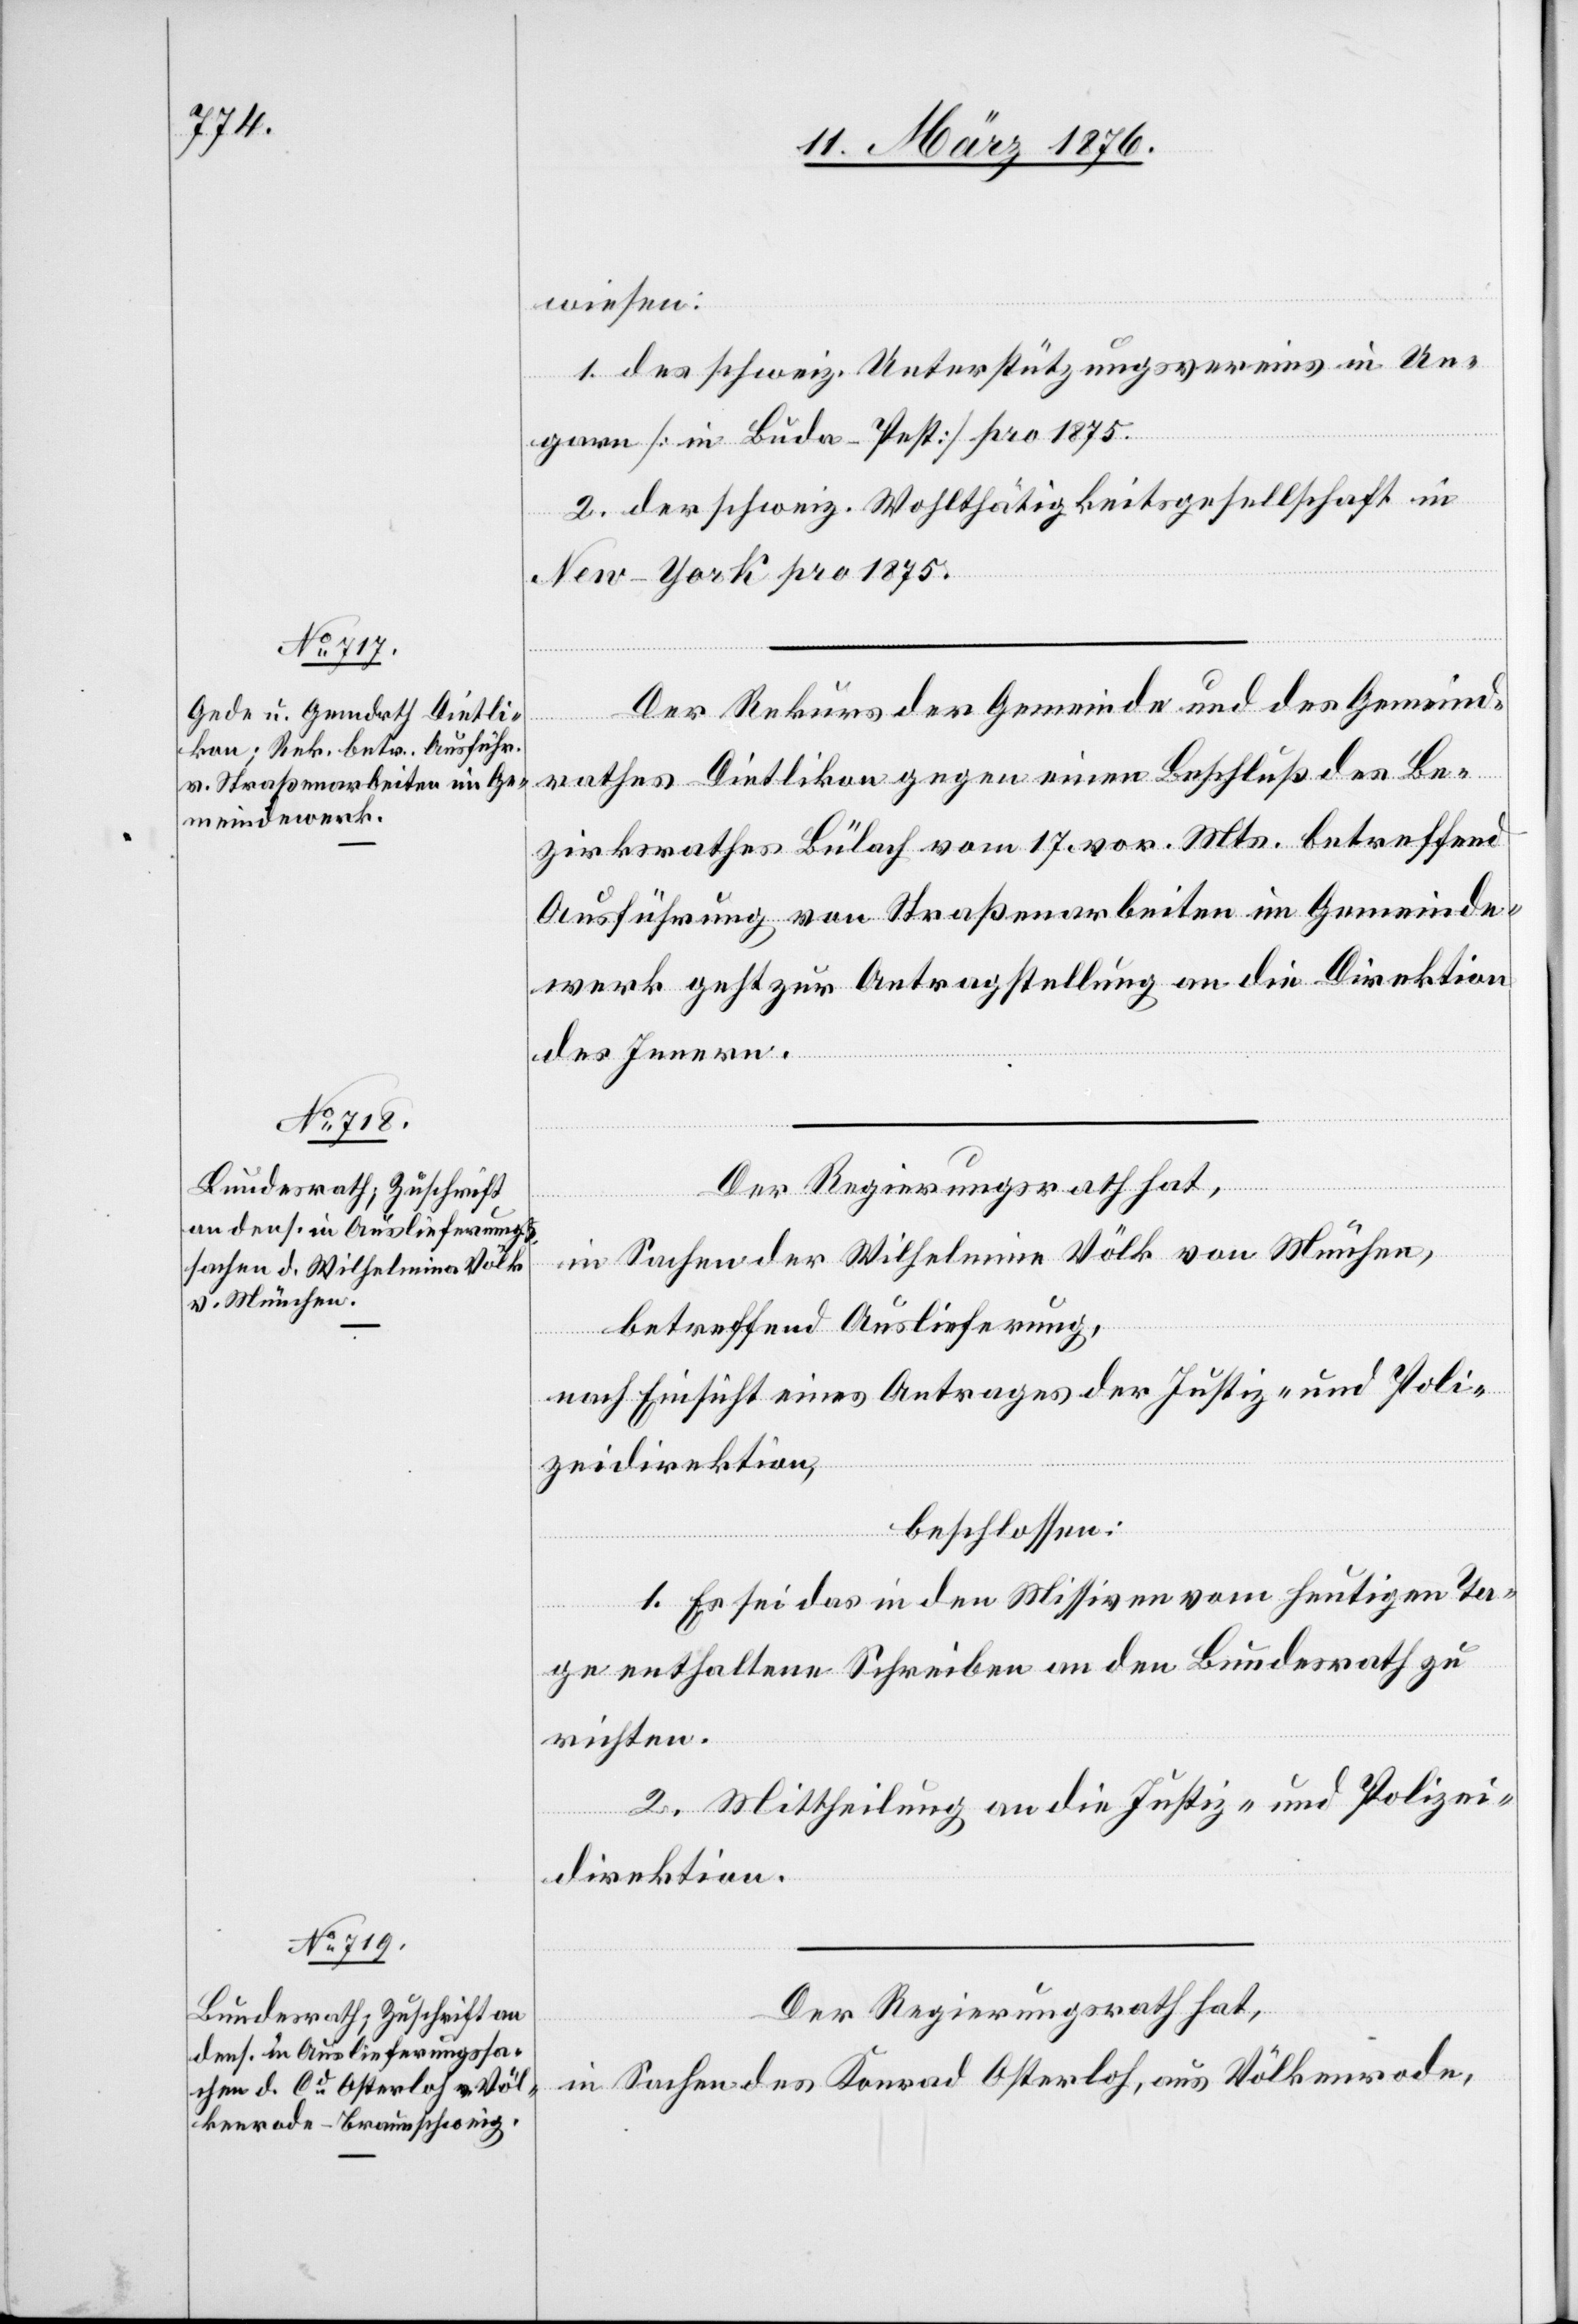
14. März 1876.]
wiesen:
1. des schweiz. Unterstützungsvereins in Un¬
garn [in Buda-Pest] pro 1875.
2. der schweiz. Wohltätigkeitsgesellschaft in
New-York pro 1875.
Der Rekurs der Gemeinde und des Gemeind¬
rathes Dietlikon gegen einen Beschluß des Be¬
zirksrathes Bülach vom 17. vor. Mts. betreffend
Ausführung von Straßenarbeiten im Gemeinde¬
werk geht zur Antragstellung an die Direktion
des Innern.
Der Regierungsrath hat,
in Sachen der Wilhelmine [sic!] Völk von München,
betreffend Auslieferung,
nach Einsicht eines Antrages der Justiz- und Poli¬
zeidirektion,
beschlossen:
1. Es sei das in den Missiven vom heutigen Ta¬
ge enthaltene Schreiben an den Bundesrath zu
richten.
2. Mittheilung an die Justiz- und Polizei¬
direktion.
Der Regierungsrath hat,
in Sachen des Konrad Osterloh, aus Völkenrode,